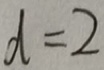
d = 2